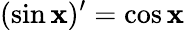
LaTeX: (\sin\mathbf{x})^{\prime}=\cos\mathbf{x}